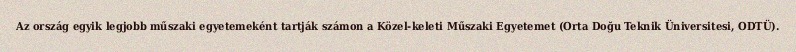
Az ország egyik legjobb műszaki egyetemeként tartják számon a Közel-keleti Műszaki Egyetemet (Orta Doğu Teknik Üniversitesi, ODTÜ).